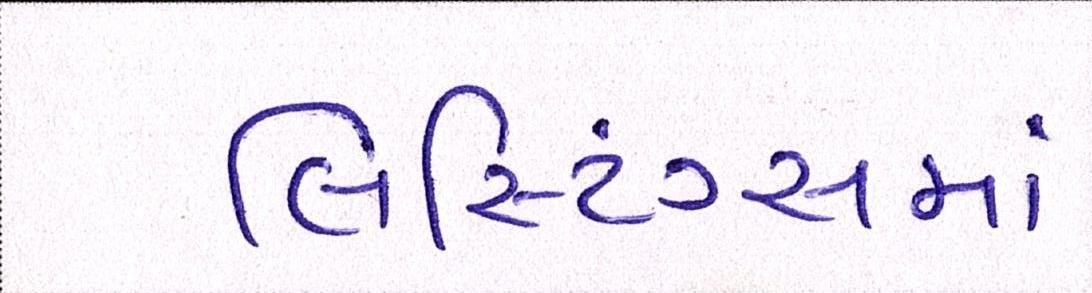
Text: લિસ્ટિંગ્સમાં